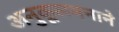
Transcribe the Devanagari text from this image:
अनुकूलबनाने